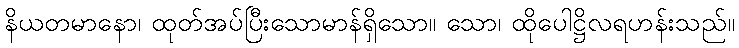
နိယတမာနော၊ ထုတ်အပ်ပြီးသောမာန်ရှိသော။ သော၊ ထိုပေါဋ္ဌိလရဟန်းသည်။